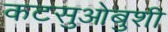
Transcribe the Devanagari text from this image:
कटसुओबुशी